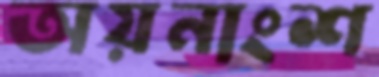
অয়নাংশ